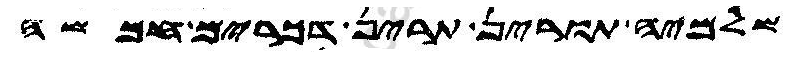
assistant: שלמיה תורין תרין דכרים חמשה